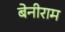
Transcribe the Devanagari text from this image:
बेनीराम